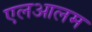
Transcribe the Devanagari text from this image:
एलआलम